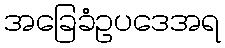
အခြေခံဥပဒေအရ